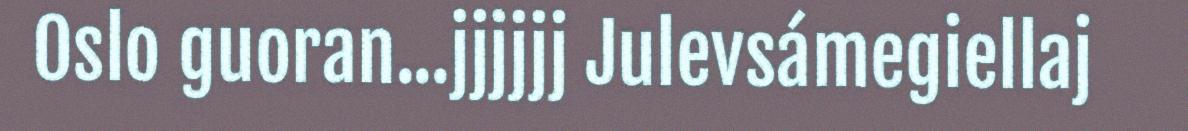
Oslo guoran...jjjjjj Julevsámegiellaj